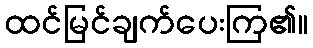
ထင်မြင်ချက်ပေးကြ၏။